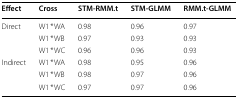
| Effect | Cross | STM-RMM.t | STM-GLMM | RMM.t-GLMM |
 | --- | --- | --- | --- | --- |
 | <ROWSPAN=3> Direct | W1 * WA | 0.98 | 0.96 | 0.97 |
 | W1 * WB | 0.97 | 0.93 | 0.93 |
 | W1 * WC | 0.96 | 0.96 | 0.93 |
 | <ROWSPAN=3> Indirect | W1 * WA | 0.98 | 0.95 | 0.96 |
 | W1 * WB | 0.98 | 0.97 | 0.96 |
 | W1 * WC | 0.97 | 0.97 | 0.96 |